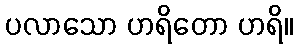
ပလာသော ဟရိတော ဟရိ။